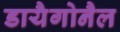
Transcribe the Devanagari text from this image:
डायैगोनैल